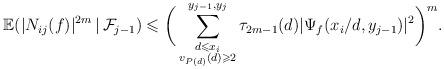
LaTeX: \begin{align*}\begin{aligned} \mathbb{E}(|N_{ij}(f)|^{2m}\, | \, \mathcal{F}_{j-1})&\leqslant \bigg(\sum_{\substack{d\leqslant x_i \\ v_{P(d)}(d) \geqslant 2}}^{y_{j-1},y_j} \tau_{2m-1}(d) |\Psi_f(x_i/d,y_{j-1})|^2 \bigg)^m. \end{aligned}\end{align*}